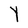
Character: Y